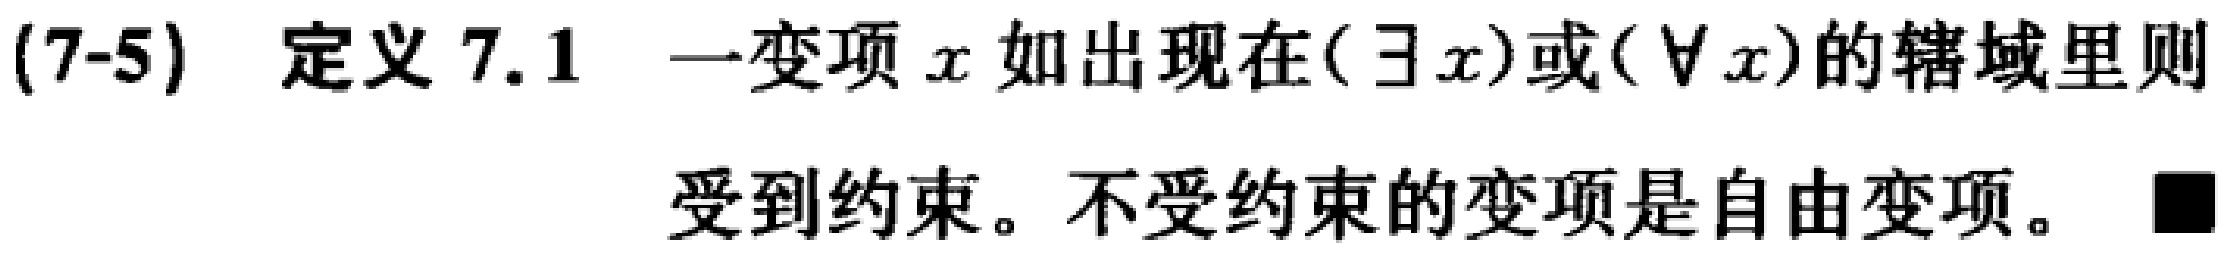
(7-5) 定义 7.1 一变项 \(x\) 如出现在\((\exists x)\)或\((\forall x)\)的辖域里则受到约束。不受约束的变项是自由变项。